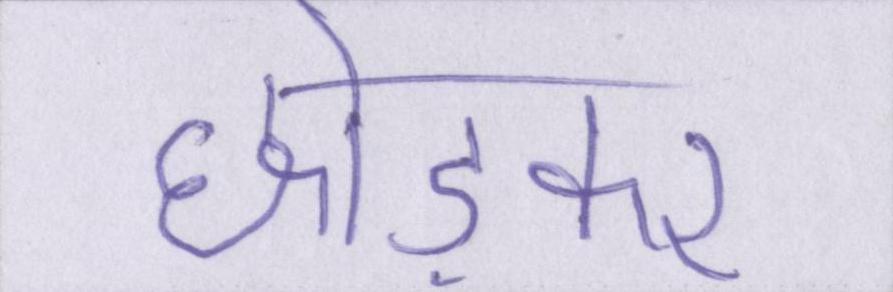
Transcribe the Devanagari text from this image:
छोड़कर